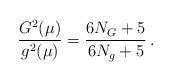
LaTeX: \begin{align*}\frac{G^2(\mu)}{g^2(\mu)} = \frac{6N_G + 5}{6N_g+5} \, . \end{align*}